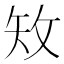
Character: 𥎪